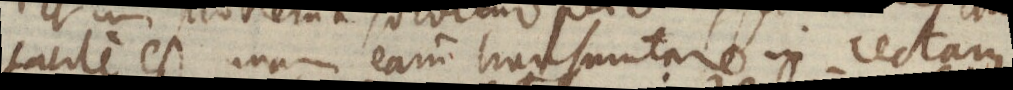
facile est unum eam transmutare in rectam